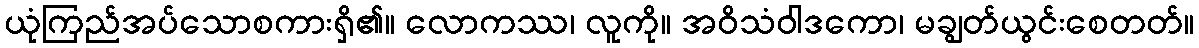
ယုံကြည်အပ်သောစကားရှိ၏။ လောကဿ၊ လူကို။ အဝိသံဝါဒကော၊ မချွတ်ယွင်းစေတတ်။